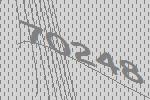
70248